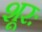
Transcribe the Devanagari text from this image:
शूरः